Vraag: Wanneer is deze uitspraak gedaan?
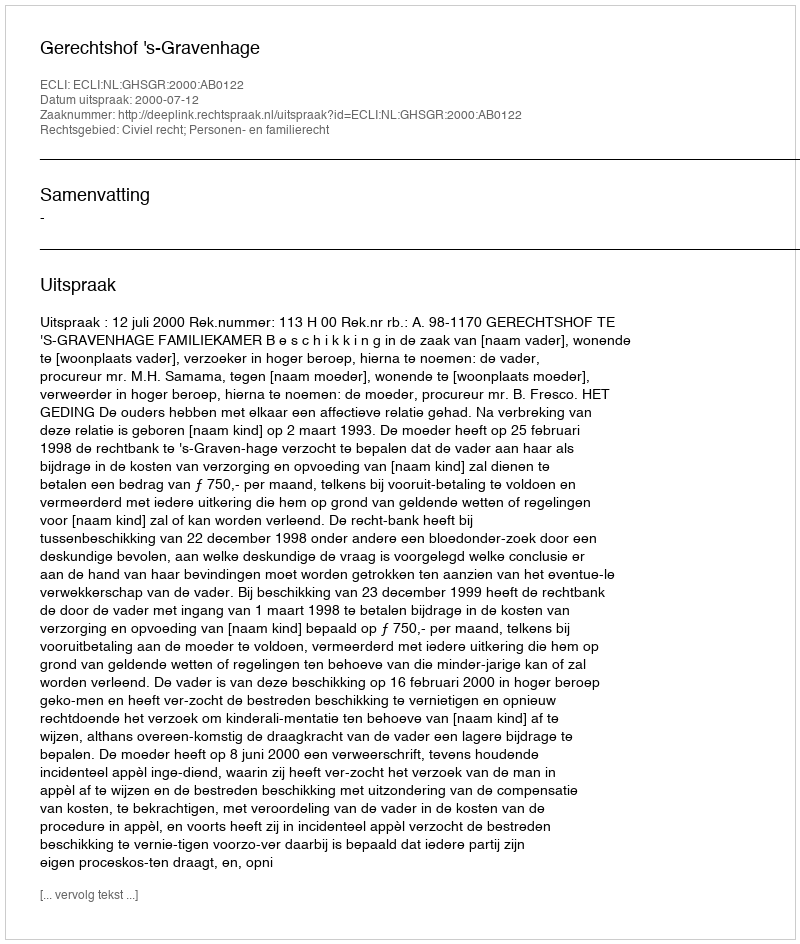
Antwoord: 2000-07-12